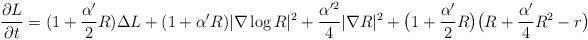
\begin{align*}\frac{\partial L}{\partial t}=(1+\frac{\alpha'}{2}R)\Delta L+(1+\alpha'R)|\nabla\log R|^2+\frac{\alpha'^2}{4}|\nabla R|^2+\big(1+\frac{\alpha'}{2}R\big)\big(R+\frac{\alpha'}{4}R^2-r\big)\end{align*}